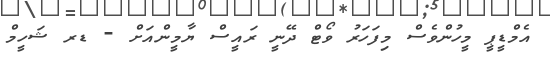
އެމްޑީޕީ މީހުންވެސް މިފަހަރު ވޯޓް ދޭނީ ރައީސް ޔާމީންއަށް - ޑރ ޝަހީމް